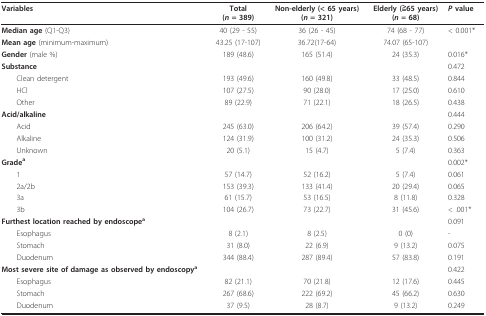
<table><thead><tr><td><b>Variables</b></td><td><b>Total(<i>n </i>= 389)</b></td><td><b>Non-elderly (&lt; 65 years)(<i>n </i>= 321)</b></td><td><b>Elderly (≧65 years)(<i>n </i>= 68)</b></td><td><b><i>P </i>value</b></td></tr></thead><tbody><tr><td><b>Median age </b>(Q1-Q3)</td><td>40 (29 - 55)</td><td>36 (26 - 45)</td><td>74 (68 - 77)</td><td>&lt; 0.001*</td></tr><tr><td><b>Mean age </b>(minimum-maximum)</td><td>43.25 (17-107)</td><td>36.72(17-64)</td><td>74.07 (65-107)</td><td></td></tr><tr><td><b>Gender </b>(male %)</td><td>189 (48.6)</td><td>165 (51.4)</td><td>24 (35.3)</td><td>0.016*</td></tr><tr><td><b>Substance</b></td><td></td><td></td><td></td><td>0.472</td></tr><tr><td> Clean detergent</td><td>193 (49.6)</td><td>160 (49.8)</td><td>33 (48.5)</td><td>0.844</td></tr><tr><td> HCl</td><td>107 (27.5)</td><td>90 (28.0)</td><td>17 (25.0)</td><td>0.610</td></tr><tr><td> Other</td><td>89 (22.9)</td><td>71 (22.1)</td><td>18 (26.5)</td><td>0.438</td></tr><tr><td><b>Acid/alkaline</b></td><td></td><td></td><td></td><td>0.444</td></tr><tr><td> Acid</td><td>245 (63.0)</td><td>206 (64.2)</td><td>39 (57.4)</td><td>0.290</td></tr><tr><td> Alkaline</td><td>124 (31.9)</td><td>100 (31.2)</td><td>24 (35.3)</td><td>0.506</td></tr><tr><td> Unknown</td><td>20 (5.1)</td><td>15 (4.7)</td><td>5 (7.4)</td><td>0.363</td></tr><tr><td><b>Grade<sup>a</sup></b></td><td></td><td></td><td></td><td>0.002*</td></tr><tr><td> 1</td><td>57 (14.7)</td><td>52 (16.2)</td><td>5 (7.4)</td><td>0.061</td></tr><tr><td> 2a/2b</td><td>153 (39.3)</td><td>133 (41.4)</td><td>20 (29.4)</td><td>0.065</td></tr><tr><td> 3a</td><td>61 (15.7)</td><td>53 (16.5)</td><td>8 (11.8)</td><td>0.328</td></tr><tr><td> 3b</td><td>104 (26.7)</td><td>73 (22.7)</td><td>31 (45.6)</td><td>&lt; .001*</td></tr><tr><td><b>Furthest location reached by endoscope<sup>a</sup></b></td><td></td><td></td><td></td><td>0.091</td></tr><tr><td> Esophagus</td><td>8 (2.1)</td><td>8 (2.5)</td><td>0 (0)</td><td>-</td></tr><tr><td> Stomach</td><td>31 (8.0)</td><td>22 (6.9)</td><td>9 (13.2)</td><td>0.075</td></tr><tr><td> Duodenum</td><td>344 (88.4)</td><td>287 (89.4)</td><td>57 (83.8)</td><td>0.191</td></tr><tr><td><b>Most severe site of damage as observed by endoscopy<sup>a</sup></b></td><td></td><td></td><td></td><td>0.422</td></tr><tr><td> Esophagus</td><td>82 (21.1)</td><td>70 (21.8)</td><td>12 (17.6)</td><td>0.445</td></tr><tr><td> Stomach</td><td>267 (68.6)</td><td>222 (69.2)</td><td>45 (66.2)</td><td>0.630</td></tr><tr><td> Duodenum</td><td>37 (9.5)</td><td>28 (8.7)</td><td>9 (13.2)</td><td>0.249</td></tr></tbody></table>